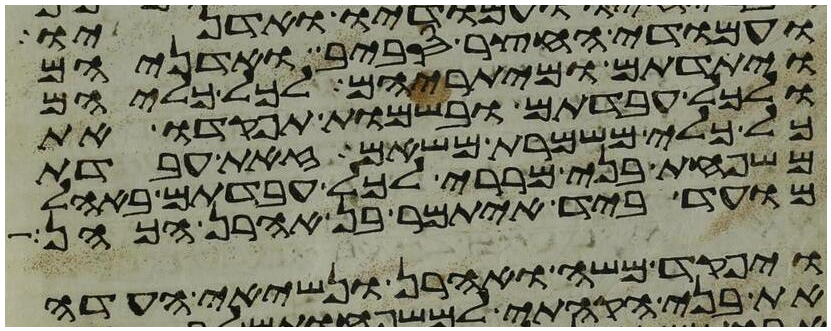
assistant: ועמודי החצר סביב ואדניהם
ויתדתם ומיתריהם לכל כליהם
ולכל עבדתם ובשמות תפקדו את
כל כלי משמרת משאם זאת עבדת
משפחת בני מררי לכל עבדתם באהל
מועד ביד איתמר בן אהרן הכהן
ויפקד משה ואהרן ונשיאי העדה